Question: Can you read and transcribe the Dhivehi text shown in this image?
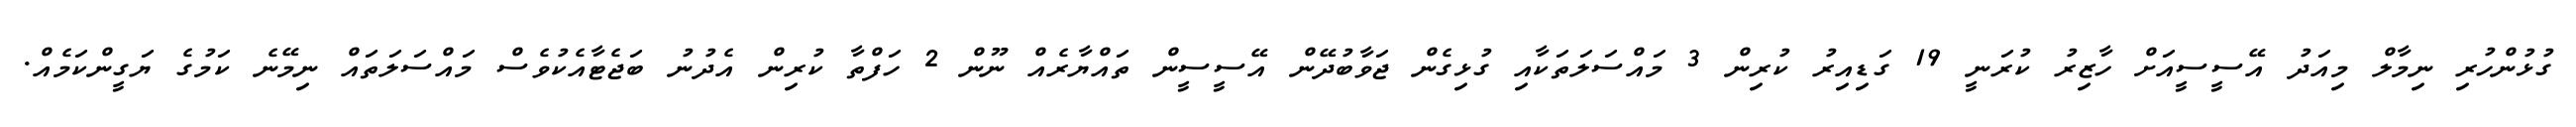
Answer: ގުޅުންހުރި ނިމާލް މިއަދު އޭސީސީއަށް ހާޒިރު ކުރަނީ 19 ގަޑިއިރު ކުރިން 3 މައްސަލަތަކާއި ގުޅިގެން ޖަވާބުދޭން އޭސީސީން ތައްޔާރެއް ނޫން 2 ހަފްތާ ކުރިން އެދުނު ބަޖެޓާއެކުވެސް މައްސަލަތައް ނިމޭނެ ކަމުގެ ޔަގީންކަމެއް.